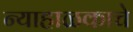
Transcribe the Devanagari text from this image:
न्याहाळकाचे